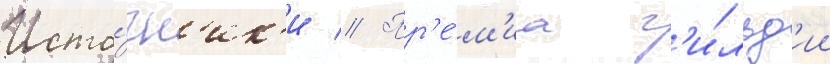
Исто́чн'ик'и // Пр'е́м'иа г'и́льд'ии